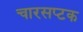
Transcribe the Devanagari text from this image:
चारसप्टक